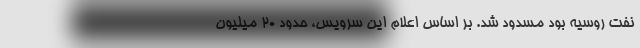
نِفت روسیه بود مسدود شد. بر اساس اعلام این سرویس، حدود 20 میلیون